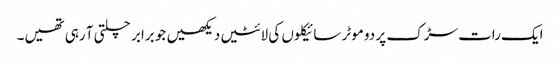
ایک رات سڑک پر دو موٹر سائیکلوں کی لائٹیں دیکھیں جو برابر چلتی آ رہی تھیں۔